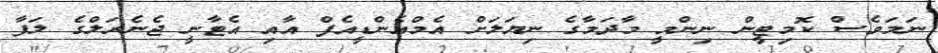
ނަމަވެސް ކޮމިޓީން ނިންމީ މާދަމާގެ ނިޔަލަށް އެމްއެންޑީއެފް އާއި އެޓާނީ ޖެނެރަލްގެ ލަފާ